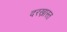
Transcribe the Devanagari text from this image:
दरख़ास्त